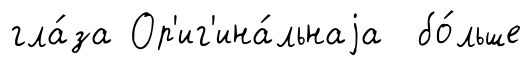
гла́за Ор'иг'ина́льнаjа бо́льше